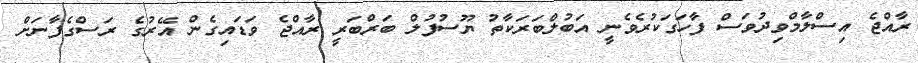
ރާއްޖެ އިސްލާމްވިދުވަސް ފާހަގަކުރެވެނީ އަބުލްބަރަކާތު ޔޫސުފުލް ބަރްބަރީ ރާއްޖެ ވަޑައިގެން އޭރުގެ ރަސްގެފާނަށް